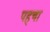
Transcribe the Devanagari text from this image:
पहचा